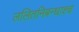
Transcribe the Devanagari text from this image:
ललितनिबन्धाश्च